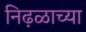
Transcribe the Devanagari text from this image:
निढ़ळाच्या